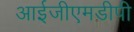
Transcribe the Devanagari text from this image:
आईजीएमडीपी